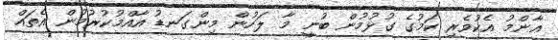
ޢާންމު އެކުވެރި ކަމުގެ ގުޅުމުން ބުނީ މާ ލަހުން މިންގަނޑު އާއްމުކުރުމުން އެތައް